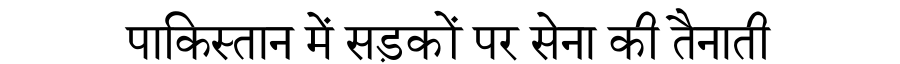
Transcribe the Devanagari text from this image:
पाकिस्तान में सड़कों पर सेना की तैनाती